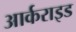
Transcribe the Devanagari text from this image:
आर्कराइड